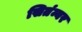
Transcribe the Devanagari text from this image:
सितंम्बर